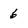
Character: 6